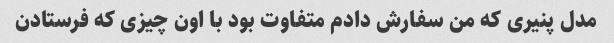
مدل پنیری که‌ من سفارش دادم متفاوت بود با اون چیزی که فرستادن